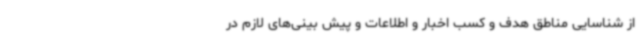
از شناسایی مناطق هدف و کسب اخبار و اطلاعات و پیش بینی‌های لازم در